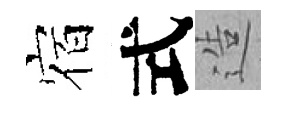
宿式造